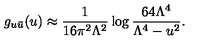
g _ { u \bar { u } } ( u ) \approx \frac { 1 } { 1 6 \pi ^ { 2 } \Lambda ^ { 2 } } \log \frac { 6 4 \Lambda ^ { 4 } } { \Lambda ^ { 4 } - u ^ { 2 } } .